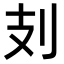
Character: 𠚽